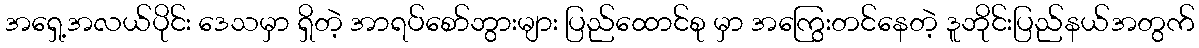
အရှေ့အလယ်ပိုင်း ဒေသမှာ ရှိတဲ့ အာရပ်စော်ဘွားများ ပြည်ထောင်စု မှာ အကြွေးတင်နေတဲ့ ဒူဘိုင်းပြည်နယ်အတွက်